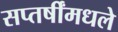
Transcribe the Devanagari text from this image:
सप्तर्षींमधले